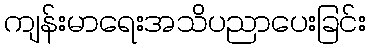
ကျန်းမာရေးအသိပညာပေးခြင်း